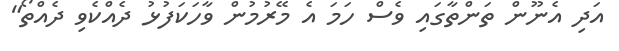
އަދި އެނޫން ތަންތާގައި ވެސް ހަމަ އެ މޭރުމުން ވާހަކަފުޅު ދެއްކެވި ދެއްތޯ"